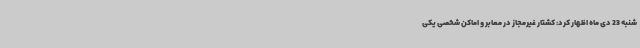
شنبه 23 دی ماه اظهار کرد: کشتار غیرمجاز در معابر و اماکن شخصی یکی